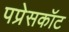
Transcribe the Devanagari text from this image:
पप्रेसकॉट